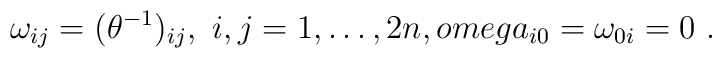
\omega_{ij}=(\theta^{-1})_{ij} , \ i,j=1,\dots, 2n, \\omega_{i0}=\omega_{0i}=0 \ .